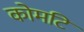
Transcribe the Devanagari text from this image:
कोमटि